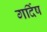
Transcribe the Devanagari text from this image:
गर्दिष